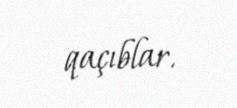
qaçıblar.